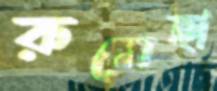
রুমেছা